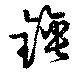
錘